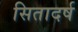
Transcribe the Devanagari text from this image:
सितादर्ष